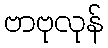
ဗာဗုလုန်